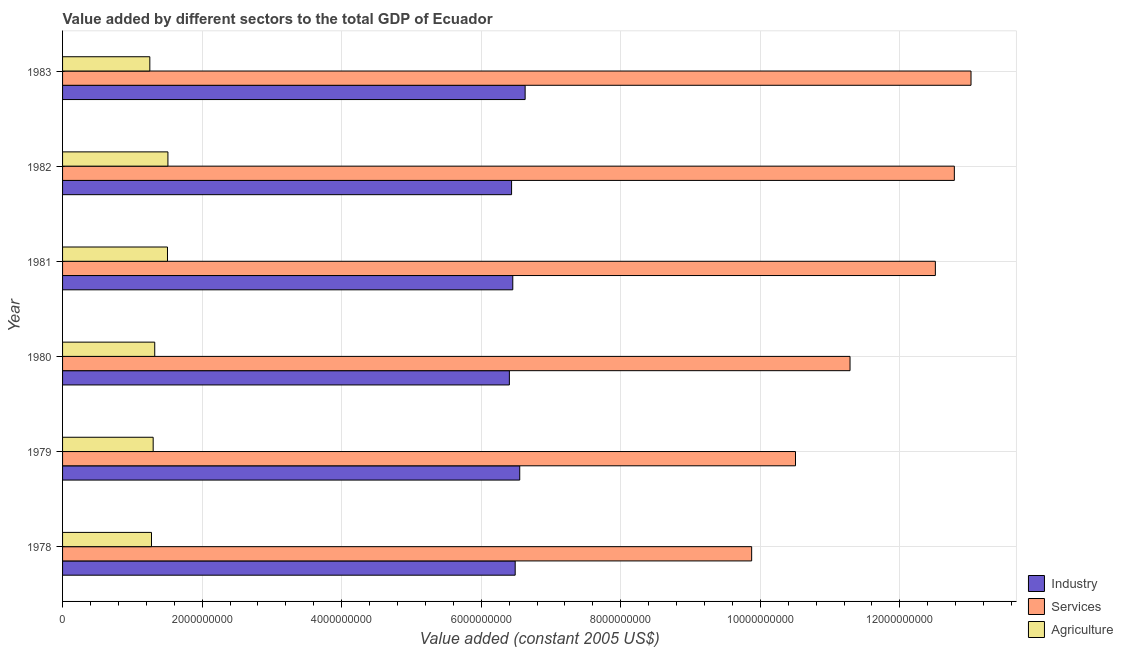
| Year | Industry | Services | Agriculture |
 | --- | --- | --- | --- |
 | 1978 | 6.49e+09 | 9.88e+09 | 1.27e+09 |
 | 1979 | 6.55e+09 | 1.05e+10 | 1.3e+09 |
 | 1980 | 6.4e+09 | 1.13e+10 | 1.32e+09 |
 | 1981 | 6.45e+09 | 1.25e+10 | 1.5e+09 |
 | 1982 | 6.44e+09 | 1.28e+10 | 1.51e+09 |
 | 1983 | 6.63e+09 | 1.3e+10 | 1.25e+09 |